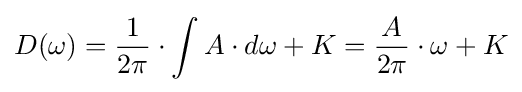
D(\omega )={\frac {1}{2\pi }}\cdot \int A\cdot d\omega +K={\frac {A}{2\pi }}\cdot \omega +K